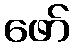
ဖော်